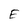
Character: E